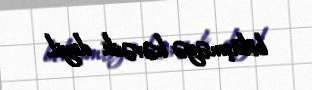
bölüşməyə həvəsli deyil.